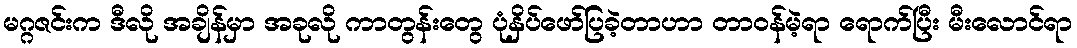
မဂ္ဂဇင်းက ဒီလို အချိန်မှာ အခုလို ကာတွန်းတွေ ပုံနှိပ်ဖော်ပြခဲ့တာဟာ တာဝန်မဲ့ရာ ရောက်ပြီး မီးလောင်ရာ